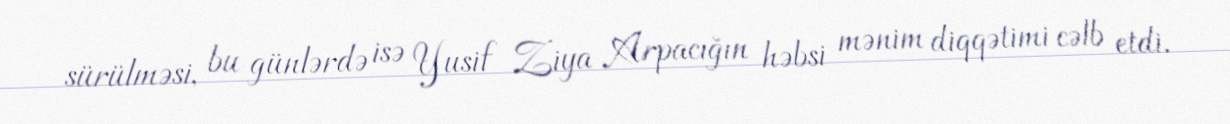
sürülməsi, bu günlərdə isə Yusif Ziya Arpacığın həbsi mənim diqqətimi cəlb etdi.